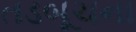
તડબૂચના